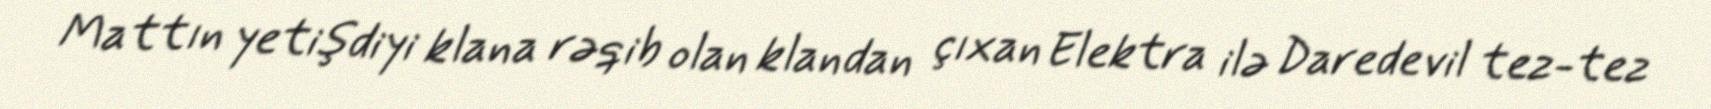
Mattın yetişdiyi klana rəqib olan klandan çıxan Elektra ilə Daredevil tez-tez